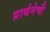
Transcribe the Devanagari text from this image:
प्रार्थनेची